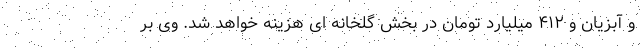
و آبزیان و ۴۱۲ میلیارد تومان در بخش گلخانه ای هزینه خواهد شد. وی بر